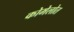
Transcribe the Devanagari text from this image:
कोमेलोत